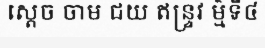
ស្តេច ចាម ជយ ឥន្ទ្រវ ម៌្មទី៤